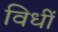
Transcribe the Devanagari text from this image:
विधीं